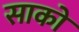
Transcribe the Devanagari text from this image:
साको